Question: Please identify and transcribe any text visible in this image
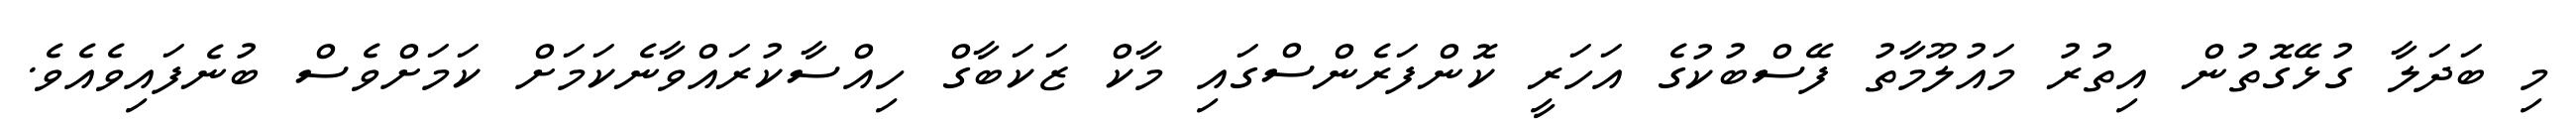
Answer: މި ބަދަލާ ގުޅޭގޮތުން އިތުރު މައުލޫމާތު ފޭސްބުކުގެ އަހަރީ ކޮންފަރެންސްގައި މާކް ޒަކަބާގް ހިއްސާކުރައްވާނެކަމަށް ކަމަށްވެސް ބުނެފައިވެއެވެ.